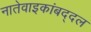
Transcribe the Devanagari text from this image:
नातेवाइकांबद्दल